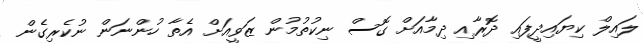
ލައިލް ކިޔައިދީފައި ދޮރާއި ދިމާއަށް ގޮސް ނިކުތުމުން ޒަވީއަށް އެތާ ހުންނަން ނުކެރިގެން